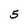
Character: 5